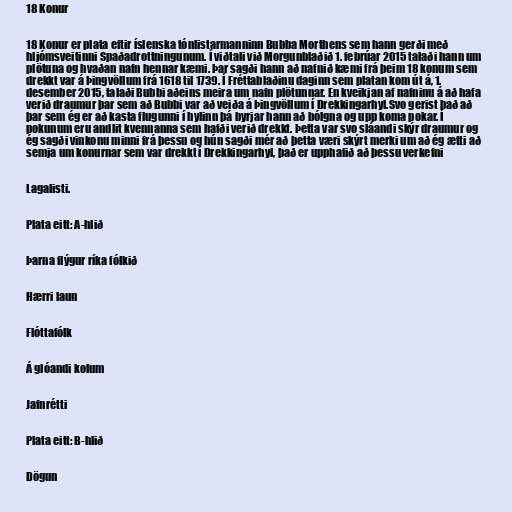
18 Konur

18 Konur er plata eftir íslenska tónlistarmanninn Bubba Morthens sem hann gerði með
hljómsveitinni Spaðadrottningunum. Í viðtali við Morgunblaðið 1. febrúar 2015 talaði hann um
plötuna og hvaðan nafn hennar kæmi. Þar sagði hann að nafnið kæmi frá þeim 18 konum sem
drekkt var á Þingvöllum frá 1618 til 1739. Í Fréttablaðinu daginn sem platan kom út á, 1.
desember 2015, talaði Bubbi aðeins meira um nafn plötunnar. En kveikjan af nafninu á að hafa
verið draumur þar sem að Bubbi var að veiða á Þingvöllum í Drekkingarhyl.Svo gerist það að
þar sem ég er að kasta flugunni í hylinn þá byrjar hann að bólgna og upp koma pokar. Í
pokunum eru andlit kvennanna sem hafði verið drekkt. Þetta var svo sláandi skýr draumur og
ég sagði vinkonu minni frá þessu og hún sagði mér að þetta væri skýrt merki um að ég ætti að
semja um konurnar sem var drekkt í Drekkingarhyl, það er upphafið að þessu verkefni

Lagalisti.

Plata eitt: A-hlið

Þarna flýgur ríka fólkið

Hærri laun

Flóttafólk

Á glóandi kolum

Jafnrétti

Plata eitt: B-hlið

Dögun